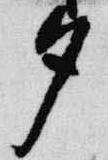
夕